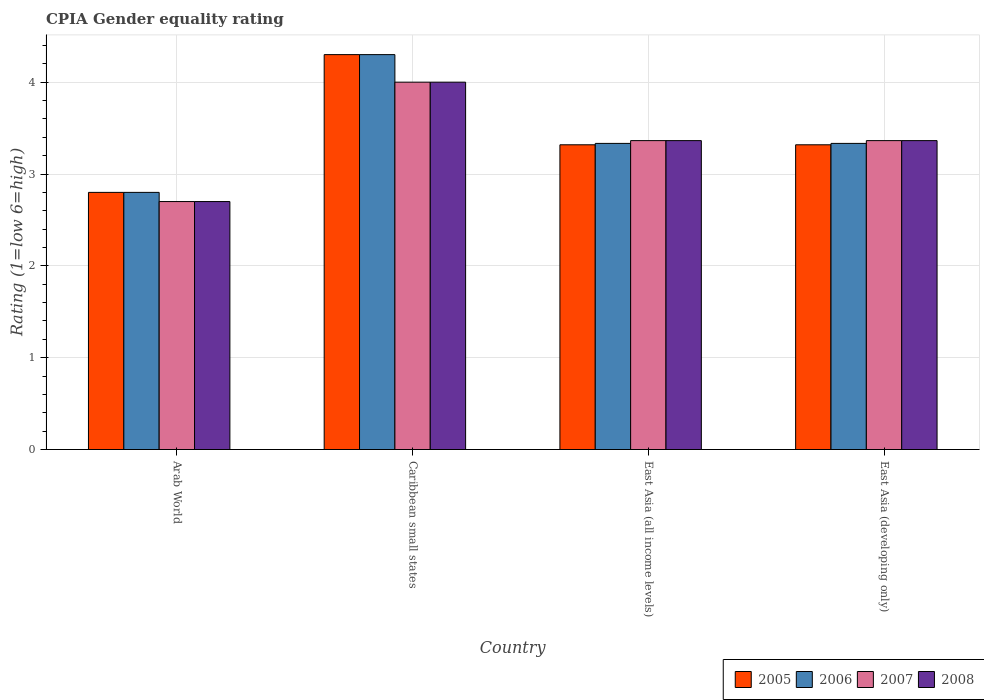
| Country | 2005 | 2006 | 2007 | 2008 |
 | --- | --- | --- | --- | --- |
 | Arab World | 2.8 | 2.8 | 2.7 | 2.7 |
 | Caribbean small states | 4.3 | 4.3 | 4 | 4 |
 | East Asia (all income levels) | 3.32 | 3.33 | 3.36 | 3.36 |
 | East Asia (developing only) | 3.32 | 3.33 | 3.36 | 3.36 |